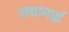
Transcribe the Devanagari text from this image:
राधामाई